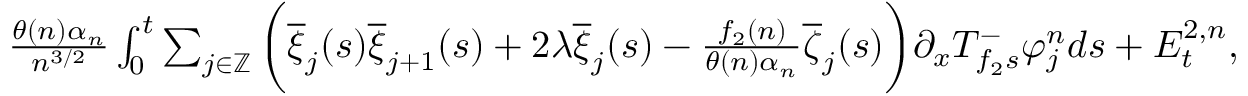
\begin{array} { r l } & { \quad \frac { \theta ( n ) \alpha _ { n } } { n ^ { 3 / 2 } } \int _ { 0 } ^ { t } \sum _ { j \in \mathbb { Z } } \bigg ( \overline { { \xi } } _ { j } ( s ) \overline { { \xi } } _ { j + 1 } ( s ) + 2 \lambda \overline { { \xi } } _ { j } ( s ) - \frac { f _ { 2 } ( n ) } { \theta ( n ) \alpha _ { n } } \overline { { \zeta } } _ { j } ( s ) \bigg ) \partial _ { x } T _ { f _ { 2 } s } ^ { - } \varphi _ { j } ^ { n } d s + E _ { t } ^ { 2 , n } , } \end{array}